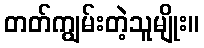
တတ်ကျွမ်းတဲ့သူမျိုး။